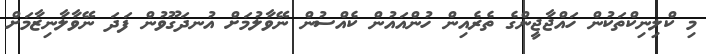
މި ކްލިނިކްތަކުން ހައްޖާޖީންގެ ތެރެއިން ހުންއައުން ކެއްސުން ނޭވާލުމަށް އުނދަގޫވުން ފަދަ ނޭވާލާނިޒާމަށް